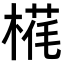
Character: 𬃵